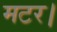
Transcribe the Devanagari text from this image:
मटर।